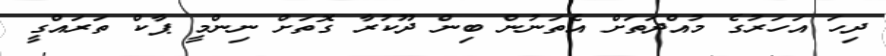
ދިހަ އަހަރުގެ މުއްދަތަށް އެތަނުން ބިން ދޫކުރާ ގޮތަށް ނިންމީ ޕާކް ތަރައްގީ